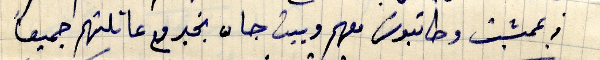
في عمشيت وطانيوس معهم وبيت جان بخير مع عائلتهم جميعاً